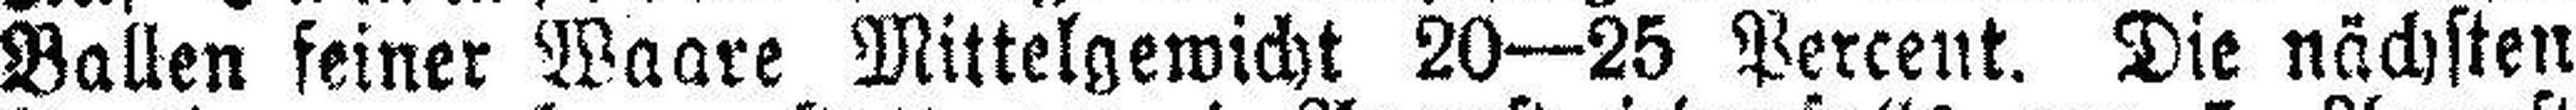
Ballen feiner Waare Mittelgewicht 20—25 Percent. Die nächsten